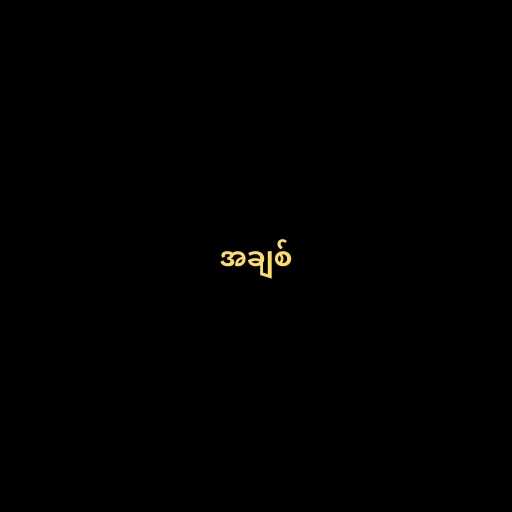
အချစ်